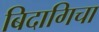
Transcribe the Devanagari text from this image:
बिदागिचा